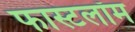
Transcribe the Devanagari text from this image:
फास्टलॉम